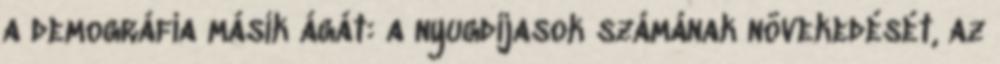
a demográfia másik ágát: a nyugdíjasok számának növekedését, az